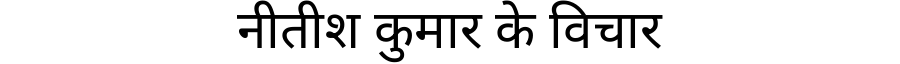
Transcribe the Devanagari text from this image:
नीतीश कुमार के विचार